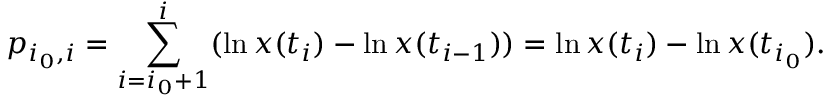
p _ { i _ { 0 } , i } = \sum _ { i = i _ { 0 } + 1 } ^ { i } ( \ln x ( t _ { i } ) - \ln x ( t _ { i - 1 } ) ) = \ln x ( t _ { i } ) - \ln x ( t _ { i _ { 0 } } ) .